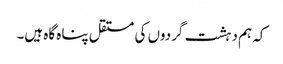
کہ ہم دہشت گردوں کی مستقل پناہ گاہ ہیں۔